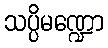
သပ္ပိမဏ္ဍော